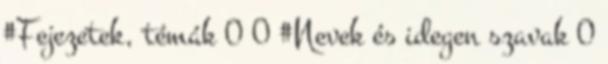
#Fejezetek, témák 0 0 #Nevek és idegen szavak 0